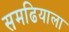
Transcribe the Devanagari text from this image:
समढियाला